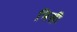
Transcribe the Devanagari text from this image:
भिसी